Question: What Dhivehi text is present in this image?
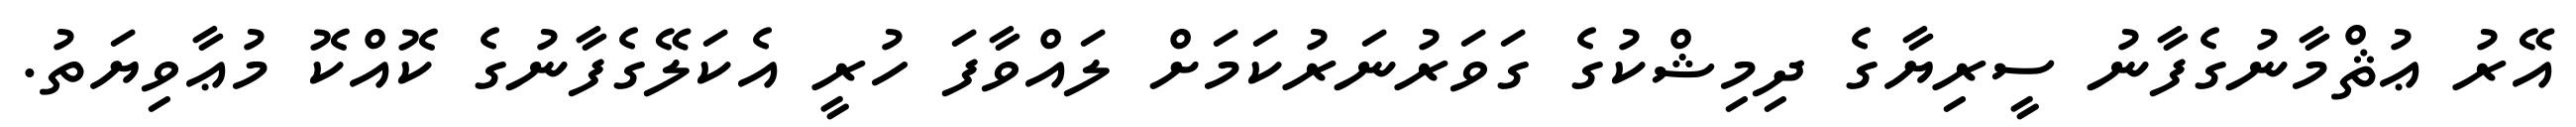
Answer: އޭރު ޢުޘްމާނުގެފާނު ސީރިޔާގެ ދިމިޝްކުގެ ގަވަރުނަރުކަމަށް ލައްވާފަ ހުރީ އެކަލޭގެފާނުގެ ކޮއްކޮ މުޢާވިޔަތު.